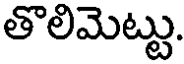
తొలిమెట్టు.